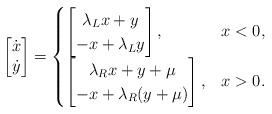
LaTeX: \begin{align*}\begin{bmatrix} \dot{x} \\ \dot{y} \end{bmatrix} =\begin{cases}\begin{bmatrix} \lambda_L x + y \\ -x + \lambda_L y \end{bmatrix}, & x < 0, \\\begin{bmatrix} \lambda_R x + y + \mu \\ -x + \lambda_R (y + \mu) \end{bmatrix}, & x > 0.\end{cases}\end{align*}